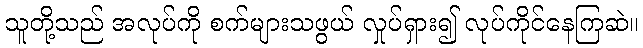
သူတို့သည် အလုပ်ကို စက်များသဖွယ် လှုပ်ရှား၍ လုပ်ကိုင်နေကြဆဲ။